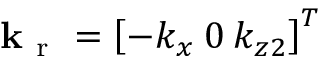
\mathbf { k } _ { \mathrm { ~ r ~ } } = \left[ - k _ { x } \: 0 \: k _ { z 2 } \right] ^ { T }